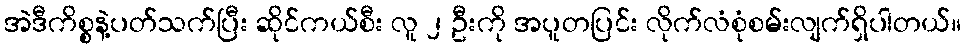
အဲဒီကိစ္စနဲ့ပတ်သက်ပြီး ဆိုင်ကယ်စီး လူ ၂ ဦးကို အပူတပြင်း လိုက်လံစုံစမ်းလျက်ရှိပါတယ်။